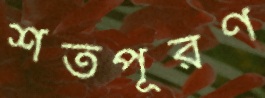
শর্তপূরণ